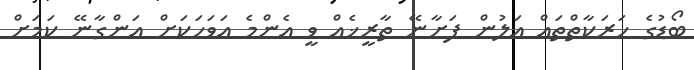
ބޯޑުގެ ހަރަކާތްތައް އަލުން ފަށާނޭ ތާރީޚެއް ވީ އެންމެ އަވަހަކަށް އަންގާނޭ ކަމަށް